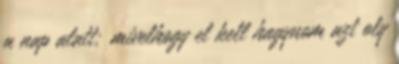
a nap alatt; mivelhogy el kell hagynom azt oly